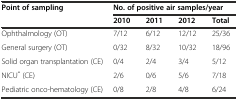
<table><thead><tr><td><b>Point of sampling</b></td><td colspan="4"><b>No. of positive air samples/year</b></td></tr><tr><td></td><td><b>2010</b></td><td><b>2011</b></td><td><b>2012</b></td><td><b>Total</b></td></tr></thead><tbody><tr><td>Ophthalmology (OT)</td><td>7/12</td><td>6/12</td><td>12/12</td><td>25/36</td></tr><tr><td>General surgery (OT)</td><td>0/32</td><td>8/32</td><td>10/32</td><td>18/96</td></tr><tr><td>Solid organ transplantation (CE)</td><td>0/4</td><td>2/4</td><td>3/4</td><td>5/12</td></tr><tr><td>NICU<sup>*</sup> (CE)</td><td>2/6</td><td>0/6</td><td>5/6</td><td>7/18</td></tr><tr><td>Pediatric onco-hematology (CE)</td><td>0/8</td><td>2/8</td><td>4/8</td><td>6/24</td></tr></tbody></table>